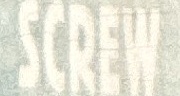
SCREW